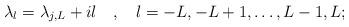
LaTeX: \begin{align*}\lambda_{l}=\lambda_{j,L}+il\quad,\quad l=-L,-L+1,\dots,L-1,L;\end{align*}